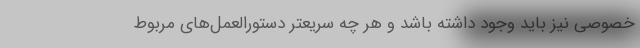
خصوصی نیز باید وجود داشته باشد و هر چه سریعتر دستورالعمل‌های مربوط